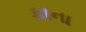
કાના